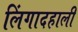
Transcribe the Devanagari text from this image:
लिंगादहाली